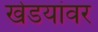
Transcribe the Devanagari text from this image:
खेडयांवर